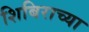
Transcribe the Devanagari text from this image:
शिबिराच्या